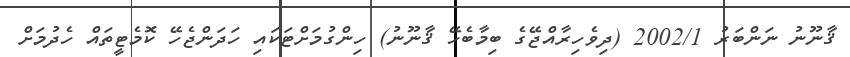
ޤާނޫނު ނަންބަރު 2002/1 (ދިވެހިރާއްޖޭގެ ބިމާބެހޭ ޤާނޫނު) ހިންގުމަށްޓަކައި ހަދަންޖެހޭ ކޮމެޓީތައް ހެދުމަށް